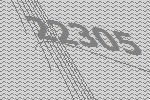
22305